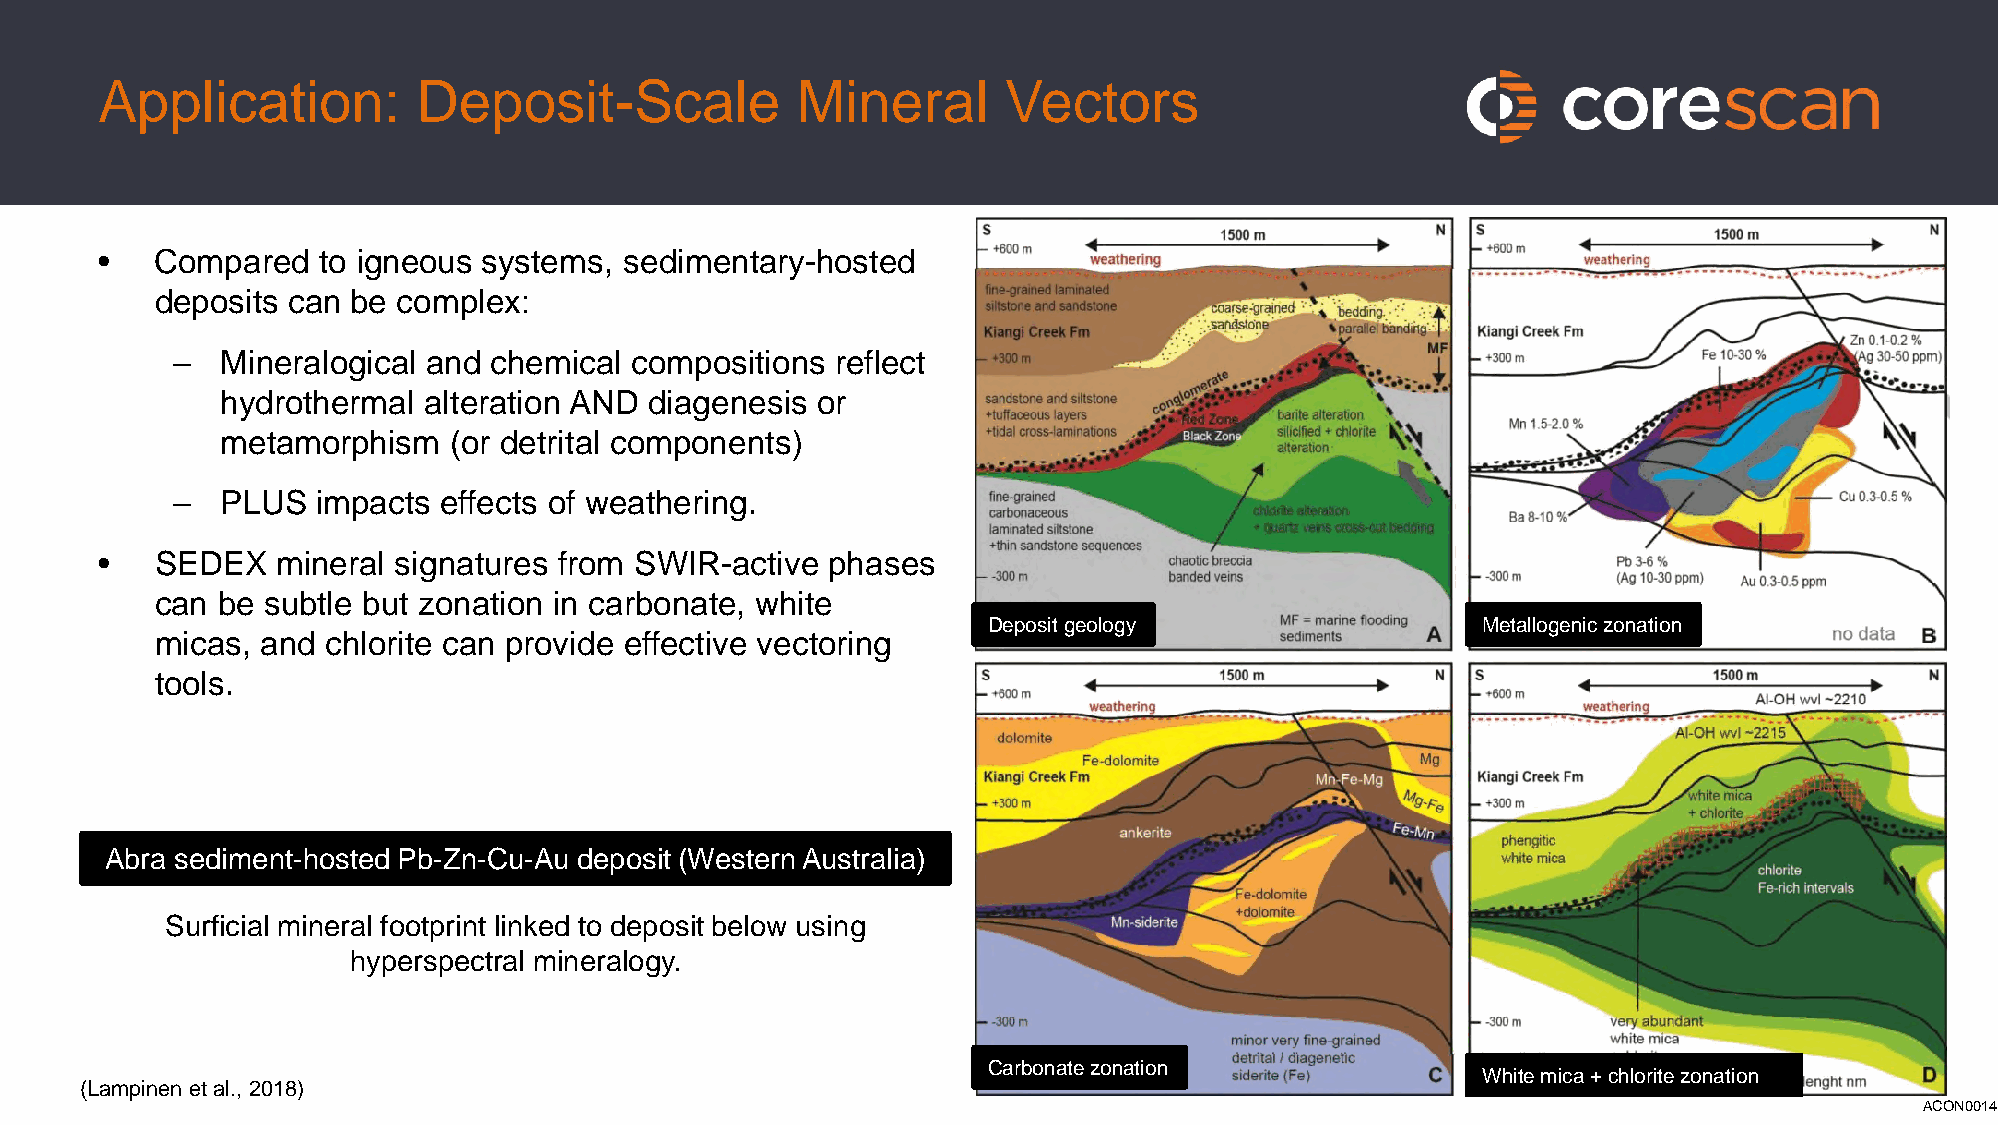
Application:         Deposit-Scale            Mineral       Vectors
 •  Compared   to igneous systems, sedimentary-hosted
 deposits can be complex:
 –   Mineralogical and chemical compositions reflect
 hydrothermal alteration AND diagenesis or
 metamorphism   (or detrital components)
 –   PLUS  impacts effects of weathering.
 •  SEDEX   mineral signatures from SWIR-active  phases
 can be subtle but zonation in carbonate, white
 Deposit geology                  Metallogenic zonation
 micas, and  chlorite can provide effective vectoring
 tools.
 Abra sediment-hosted Pb-Zn-Cu-Au deposit (Western Australia)
 Surficial mineral footprint linked to deposit below using
 hyperspectral mineralogy.
 Carbonate zonation
 White mica + chlorite zonation
 (Lampinen et al., 2018)
 ACON0014